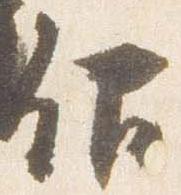
仰